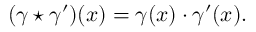
( \gamma \star \gamma ^ { \prime } ) ( x ) = \gamma ( x ) \cdot \gamma ^ { \prime } ( x ) .